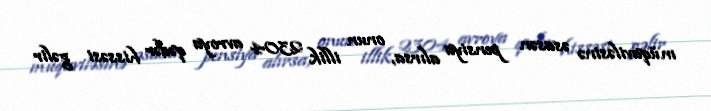
müqaviləsinə əsasən pensiya alırsa, onun illik 2304 avroya qədər hissəsi gəlir